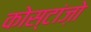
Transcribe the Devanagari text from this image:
कोस्टांज़ो